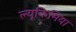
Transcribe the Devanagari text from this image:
ल्यूकिमिया